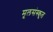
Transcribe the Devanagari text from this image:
मूलसंस्कृत